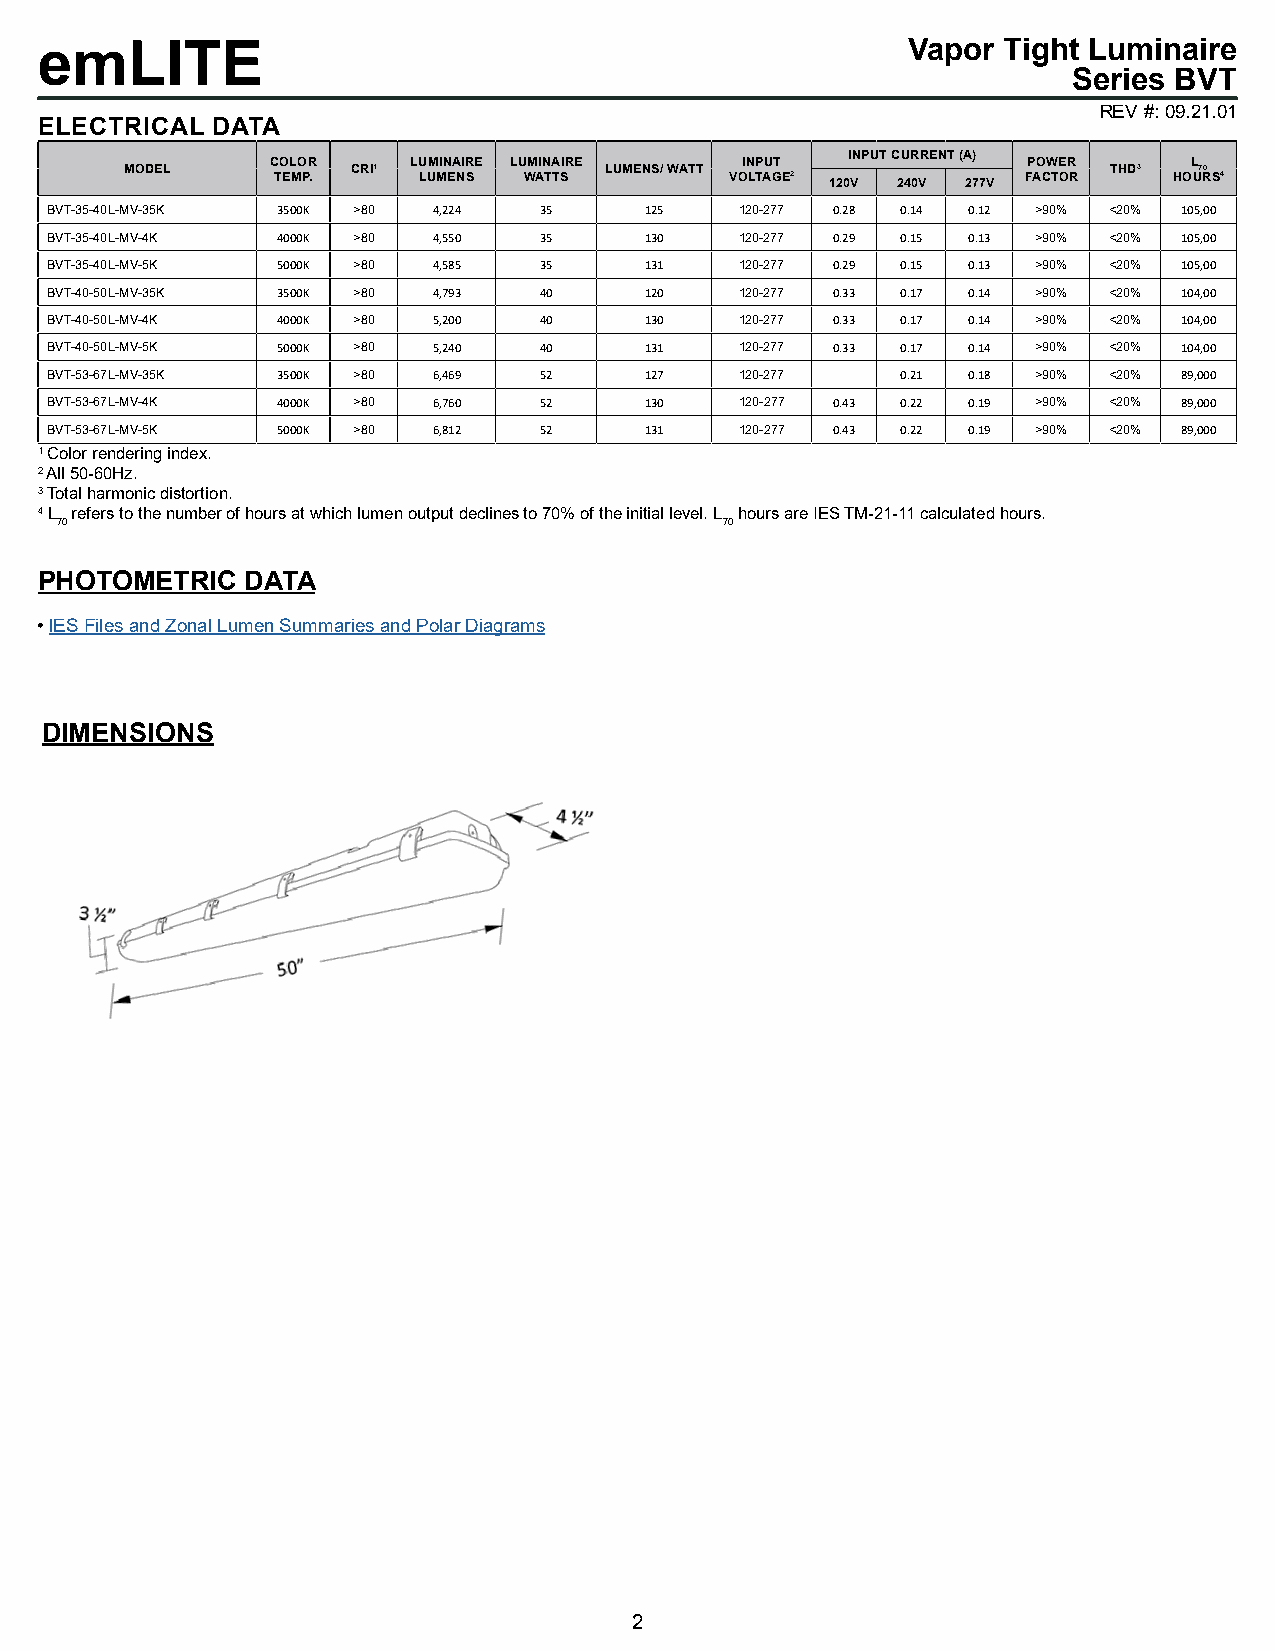
emLITE                                                    Vapor Tight Luminaire
 Series BVT
 REV #: 09.21.01
 ELECTRICAL DATA
 COLOR    LUMINAIRE LUMINAIRE   INPUT  INPUT CURRENT (A) POWER L
 MODEL          CRI1             LUMENS/ WATT                     THD3  70
 TEMP.     LUMENS WATTS        VOLTAGE2 120V 240V 277V FACTOR HOURS4
 BVT-35-40L-MV-35K 3500K >80 4,224 35    125   120-277 0.28 0.14 0.12 >90% <20% 105,00
 BVT-35-40L-MV-4K 4000K >80 4,550 35     130   120-277 0.29 0.15 0.13 >90% <20% 105,00
 BVT-35-40L-MV-5K 5000K >80 4,585 35     131   120-277 0.29 0.15 0.13 >90% <20% 105,00
 BVT-40-50L-MV-35K 3500K >80 4,793 40    120   120-277 0.33 0.17 0.14 >90% <20% 104,00
 BVT-40-50L-MV-4K 4000K >80 5,200 40     130   120-277 0.33 0.17 0.14 >90% <20% 104,00
 BVT-40-50L-MV-5K 5000K >80 5,240 40     131   120-277 0.33 0.17 0.14 >90% <20% 104,00
 BVT-53-67L-MV-35K 3500K >80 6,469 52    127   120-277    0.21 0.18 >90% <20% 89,000
 BVT-53-67L-MV-4K 4000K >80 6,760 52     130   120-277 0.43 0.22 0.19 >90% <20% 89,000
 BVT-53-67L-MV-5K 5000K >80 6,812 52     131   120-277 0.43 0.22 0.19 >90% <20% 89,000
 1 Color rendering index.
 2 All 50-60Hz.
 3 Total harmonic distortion.
 4 L refers to the number of hours at which lumen output declines to 70% of the initial level. L hours are IES TM-21-11 calculated hours.
 70                                          70
 PHOTOMETRIC  DATA
 • IES Files and Zonal Lumen Summaries and Polar Diagrams
 DIMENSIONS
 2